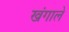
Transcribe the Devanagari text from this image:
खंगाले